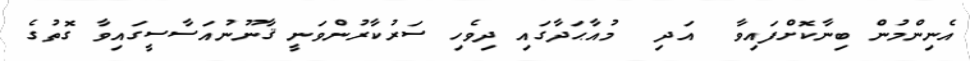
އެނިންމުން ބިނާކޮށްފައިވާ  އަދި  މުއާޙަދާގައި ދިވެހި ސަރުކާރުންވަނީ ޤާނޫނުއަސާސީގައިވާ ގޮތުގެ